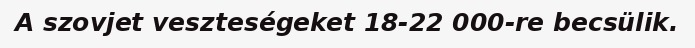
A szovjet veszteségeket 18-22 000-re becsülik.